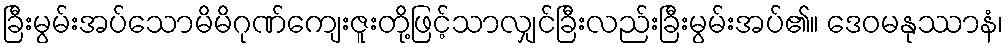
ခြီးမွမ်းအပ်သောမိမိဂုဏ်ကျေးဇူးတို့ဖြင့်သာလျှင်ခြီးလည်းခြီးမွမ်းအပ်၏။ ဒေဝမနုဿာနံ၊